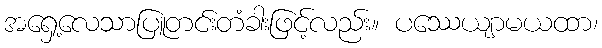
အရှေ့လေသာပြူတင်းတံခါးဖြင့်လည်း။ ပဿေယျာမယထာ၊